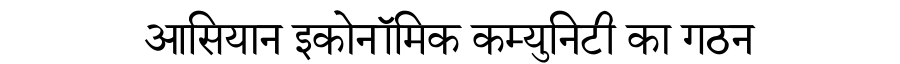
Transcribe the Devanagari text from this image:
आसियान इकोनॉमिक कम्युनिटी का गठन